Civil Veterinary Department. Madras. Admin. report 1926-33 - 1926-1933
Year: 1926
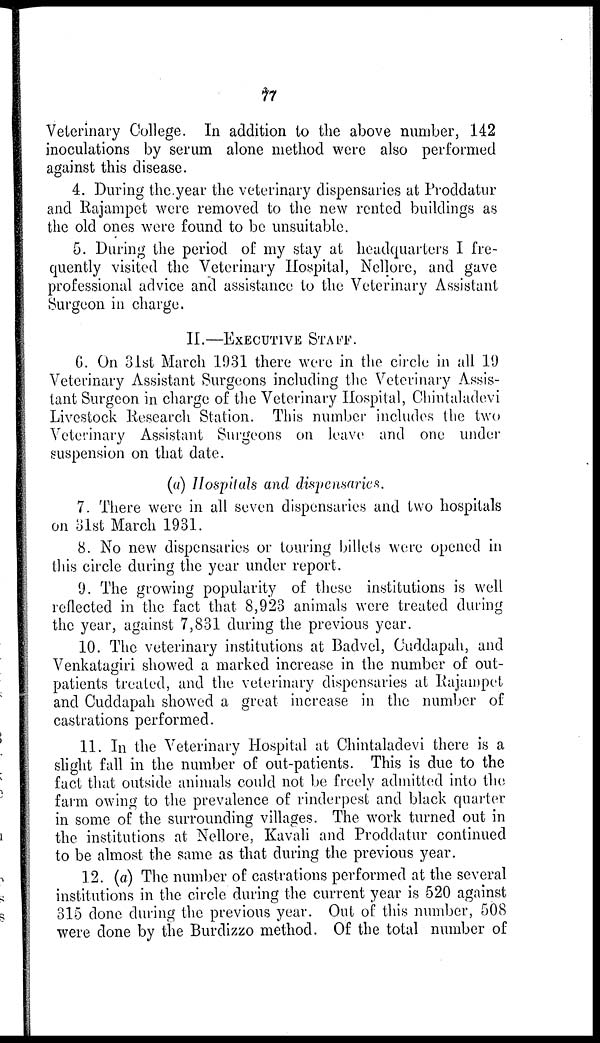
77
Veterinary College. In addition to the above number, 142
inoculations by serum alone method were also performed
against this disease.
4. During the year the veterinary dispensaries at Proddatur
and Rajampet were removed to the new rented buildings as
the old ones were found to be unsuitable.
5. During the period of my stay at headquarters I fre-
quently visited the Veterinary Hospital, Nellore, and gave
professional advice and assistance to the Veterinary Assistant
Surgeon in charge.
II.—EXECUTIVE STAFF.
6. On 31st March 1931 there were in the circle in all 19
Veterinary Assistant Surgeons including the Veterinary Assis-
tant Surgeon in charge of the Veterinary Hospital, Chintaladevi
Livestock Research Station. This number includes the two
Veterinary Assistant Surgeons on leave and one under
suspension on that date.
(a) Hospitals and dispensaries.
7. There were in all seven dispensaries and two hospitals
on 31st March 1931.
8. No new dispensaries or touring billets were opened in
this circle during the year under report.
9. The growing popularity of these institutions is well
reflected in the fact that 8,923 animals were treated during
the year, against 7,831 during the previous year.
10. The veterinary institutions at Badvel, Cuddapah, and
Venkatagiri showed a marked increase in the number of out-
patients treated, and the veterinary dispensaries at Rajampet
and Cuddapah showed a great increase in the number of
castrations performed.
11. In the Veterinary Hospital at Chintaladevi there is a
slight fall in the number of out-patients. This is due to the
fact that outside animals could not be freely admitted into the
farm owing to the prevalence of rinderpest and black quarter
in some of the surrounding villages. The work turned out in
the institutions at Nellore, Kavali and Proddatur continued
to be almost the same as that during the previous year.
12. (a) The number of castrations performed at the several
institutions in the circle during the current year is 520 against
315 done during the previous year. Out of this number, 508
were done by the Burdizzo method. Of the total number of